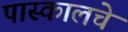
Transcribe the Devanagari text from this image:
पास्कालचे